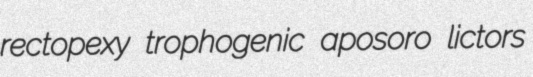
rectopexy trophogenic aposoro lictors